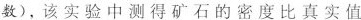
数)，该实验中测得矿石的密度比真实值